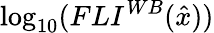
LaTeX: \log_{10}(FLI^{WB}(\hat{x}))